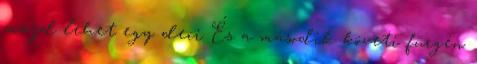
majd lehet egy deci És a második követi fürgén